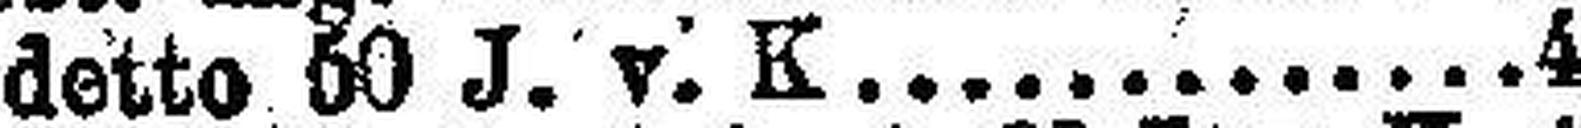
detto 60 J. v. K 4